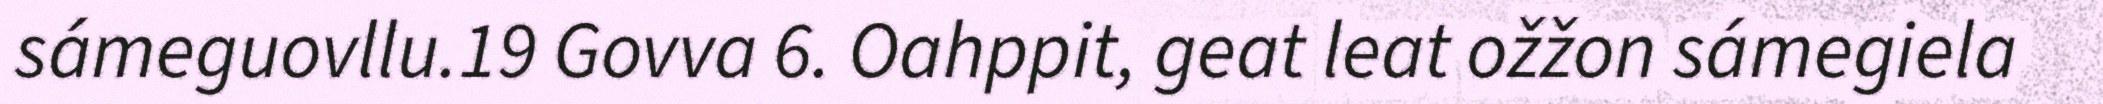
sámeguovllu.19 Govva 6. Oahppit, geat leat ožžon sámegiela